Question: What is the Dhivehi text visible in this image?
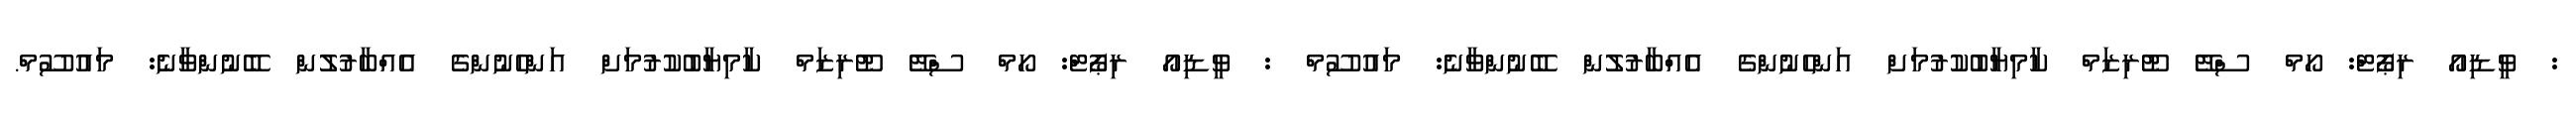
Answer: : ވީޑިއޯ ރިޕޯޓް: ހޯމް ސްޓޭ ޓޫރިޒަމް ކާމިޔާބުކުރުމަށް އަންހެނުންގެ އެއްބާރުލުން ބޭނުންވާނެ: މައުސޫމް : ވީޑިއޯ ރިޕޯޓް: ހޯމް ސްޓޭ ޓޫރިޒަމް ކާމިޔާބުކުރުމަށް އަންހެނުންގެ އެއްބާރުލުން ބޭނުންވާނެ: މައުސޫމް.